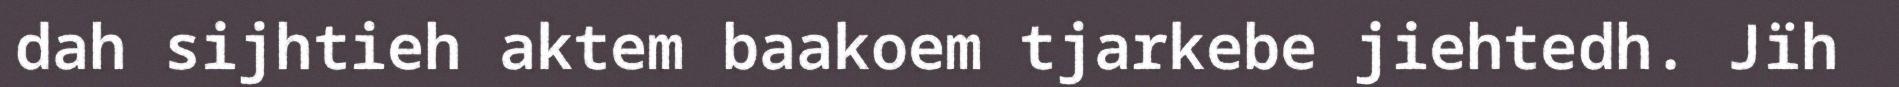
dah sijhtieh aktem baakoem tjarkebe jiehtedh. Jïh